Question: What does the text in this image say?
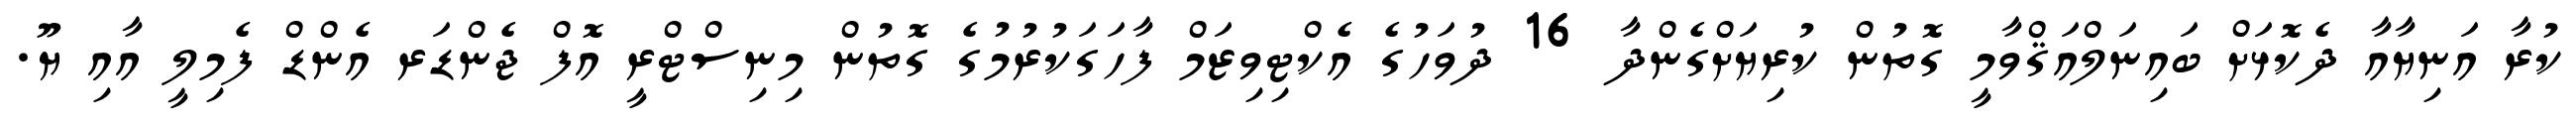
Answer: ކުރާ އަނިޔާއާ ދެކޮޅަށް ބައިނަލްއަޤްވާމީ ގޮތުން ކުރިޔަށްގެންދާ 16 ދުވަހުގެ އެކްޓިވިޒަމް ފާހަގަކުރުމުގެ ގޮތުން މިނިސްޓްރީ އޮފް ޖެންޑަރ އެންޑް ފެމިލީ އާއި ޔޫ.